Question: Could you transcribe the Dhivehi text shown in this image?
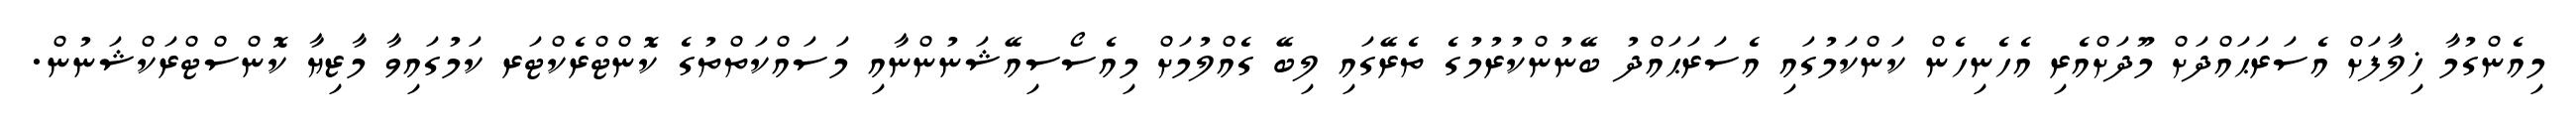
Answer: މިއެންގުމާ ޚިލާފަށް އެސަރަޙައްދަށް މޫދަށްއެރި އެހެނިހެން ކަންކަމުގައި އެސަރަޙައްދު ބޭނުންކުރުމުގެ ތެރޭގައި ލިބޭ ގެއްލުމަށް މިއެސޯސިއޭޝަނުންނާއި މަސައްކަތްތުގެ ކޮންޓްރެކްޓަރ ކަމުގައިވާ މާޒިޔާ ކޮންސްޓްރަކްޝަނުން.